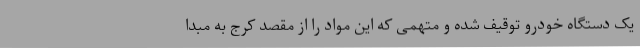
یک دستگاه خودرو توقیف شده و متهمی که این مواد را از مقصد کرج به مبدا